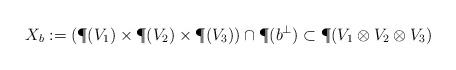
LaTeX: \begin{align*}X_b := (\P(V_1) \times \P(V_2) \times \P(V_3)) \cap \P(b^\perp) \subset \P(V_1 \otimes V_2 \otimes V_3) \end{align*}